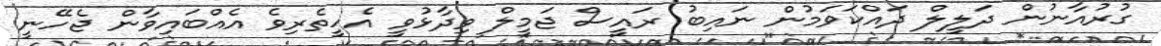
ގުރުއާނުން ދަލީލް ދައްކަވަމުން ނައިބު ރައީސް ޖަމީލް ވިދާޅުވީ އެހީތެރިވެ އެއްބައިވާން ޖެހޭނީ